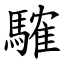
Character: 䮤